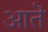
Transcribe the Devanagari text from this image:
आतॆ